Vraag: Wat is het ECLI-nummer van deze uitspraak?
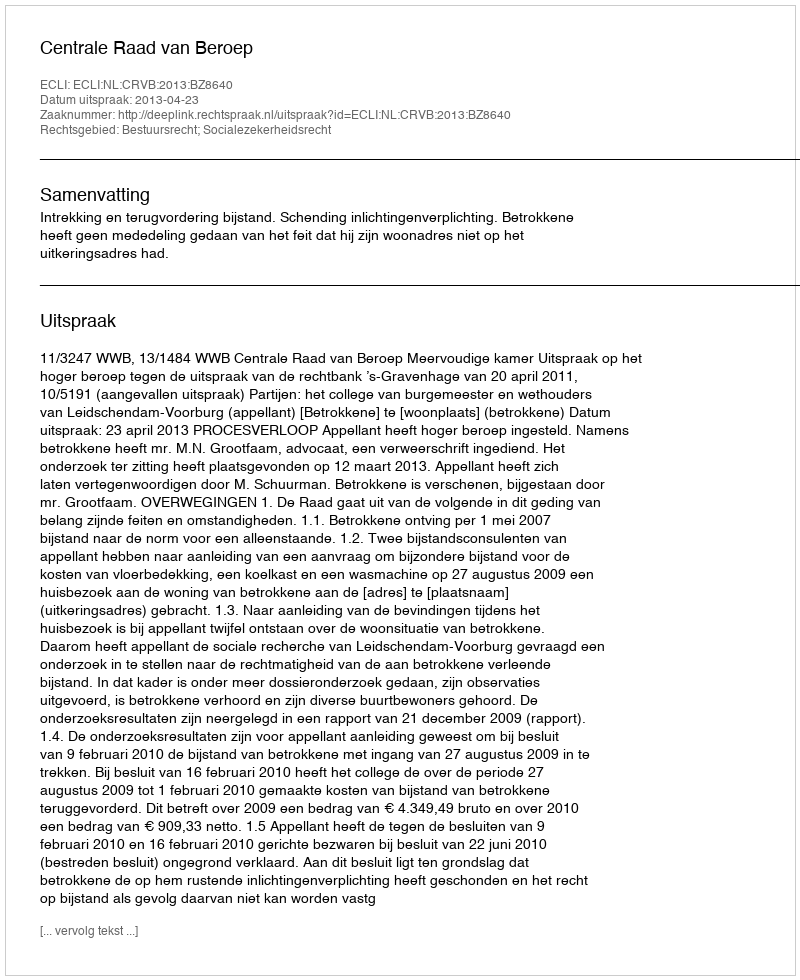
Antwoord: ECLI:NL:CRVB:2013:BZ8640